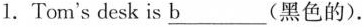
1.Tom's desk is \underline{b} (黑色的).